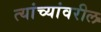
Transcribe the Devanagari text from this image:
त्यांच्यांवरील